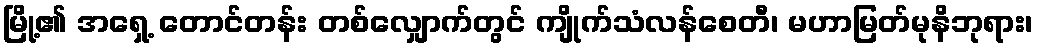
မြို့၏ အရှေ့ တောင်တန်း တစ်လျှောက်တွင် ကျိုက်သံလန်စေတီ၊ မဟာမြတ်မုနိဘုရား၊